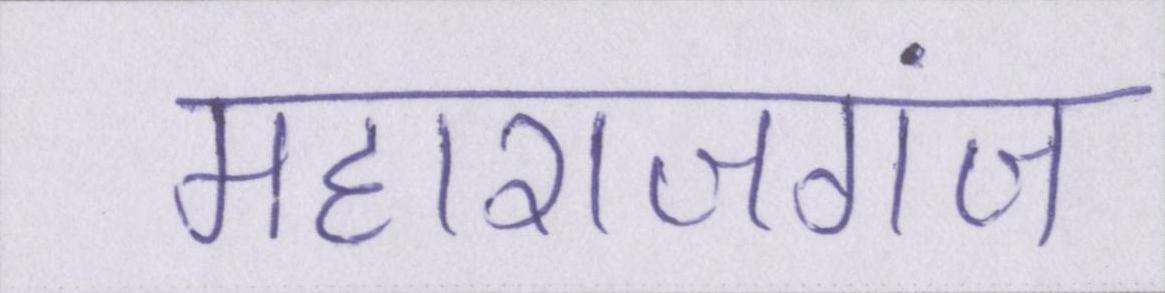
महाराजगंज